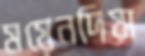
ময়েনদিয়া